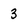
Character: 3